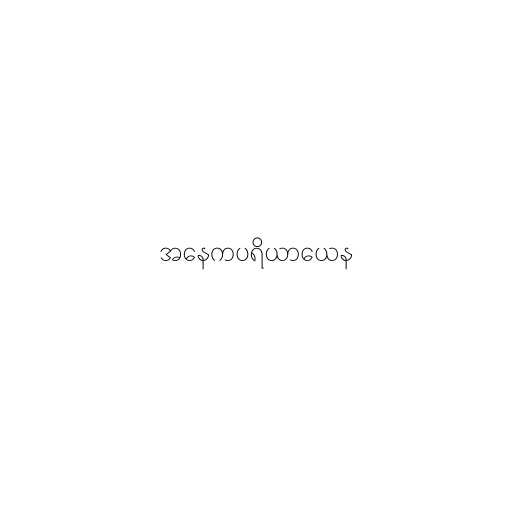
အနေကပရိယာယေန